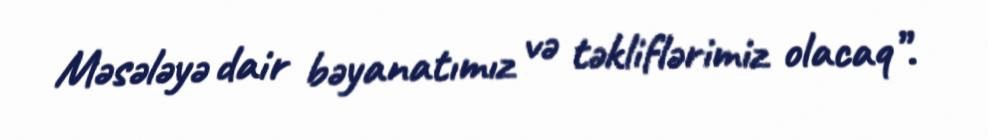
Məsələyə dair bəyanatımız və təkliflərimiz olacaq”.